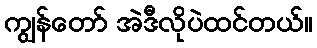
ကျွန်တော် အဲဒီလိုပဲထင်တယ်။